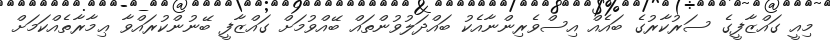
މިއީ ގައްޒާފީގެ ސަރުކާރުގެ ބައެއް އިސްވެރިންނާއެކު ބައްދަލުވުންތައް ބޭއްވުމަށް ގައްޒާފީ ބޭނުންކުރައްވާ ޢިމާރާތެއްކަމަށް